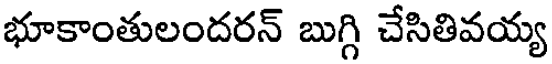
భూకాంతులందరన్ బుగ్గి చేసితివయ్య